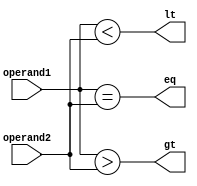
module comparator_4bit (
    input [3:0] operand1,
    input [3:0] operand2,
    output eq,
    output gt,
    output lt
);

assign eq = (operand1 == operand2);
assign gt = (operand1 > operand2);
assign lt = (operand1 < operand2);

endmodule